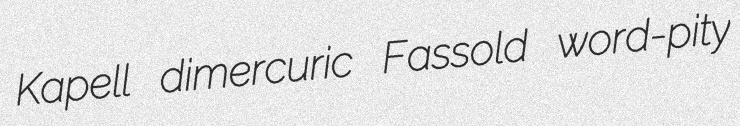
Kapell dimercuric Fassold word-pity